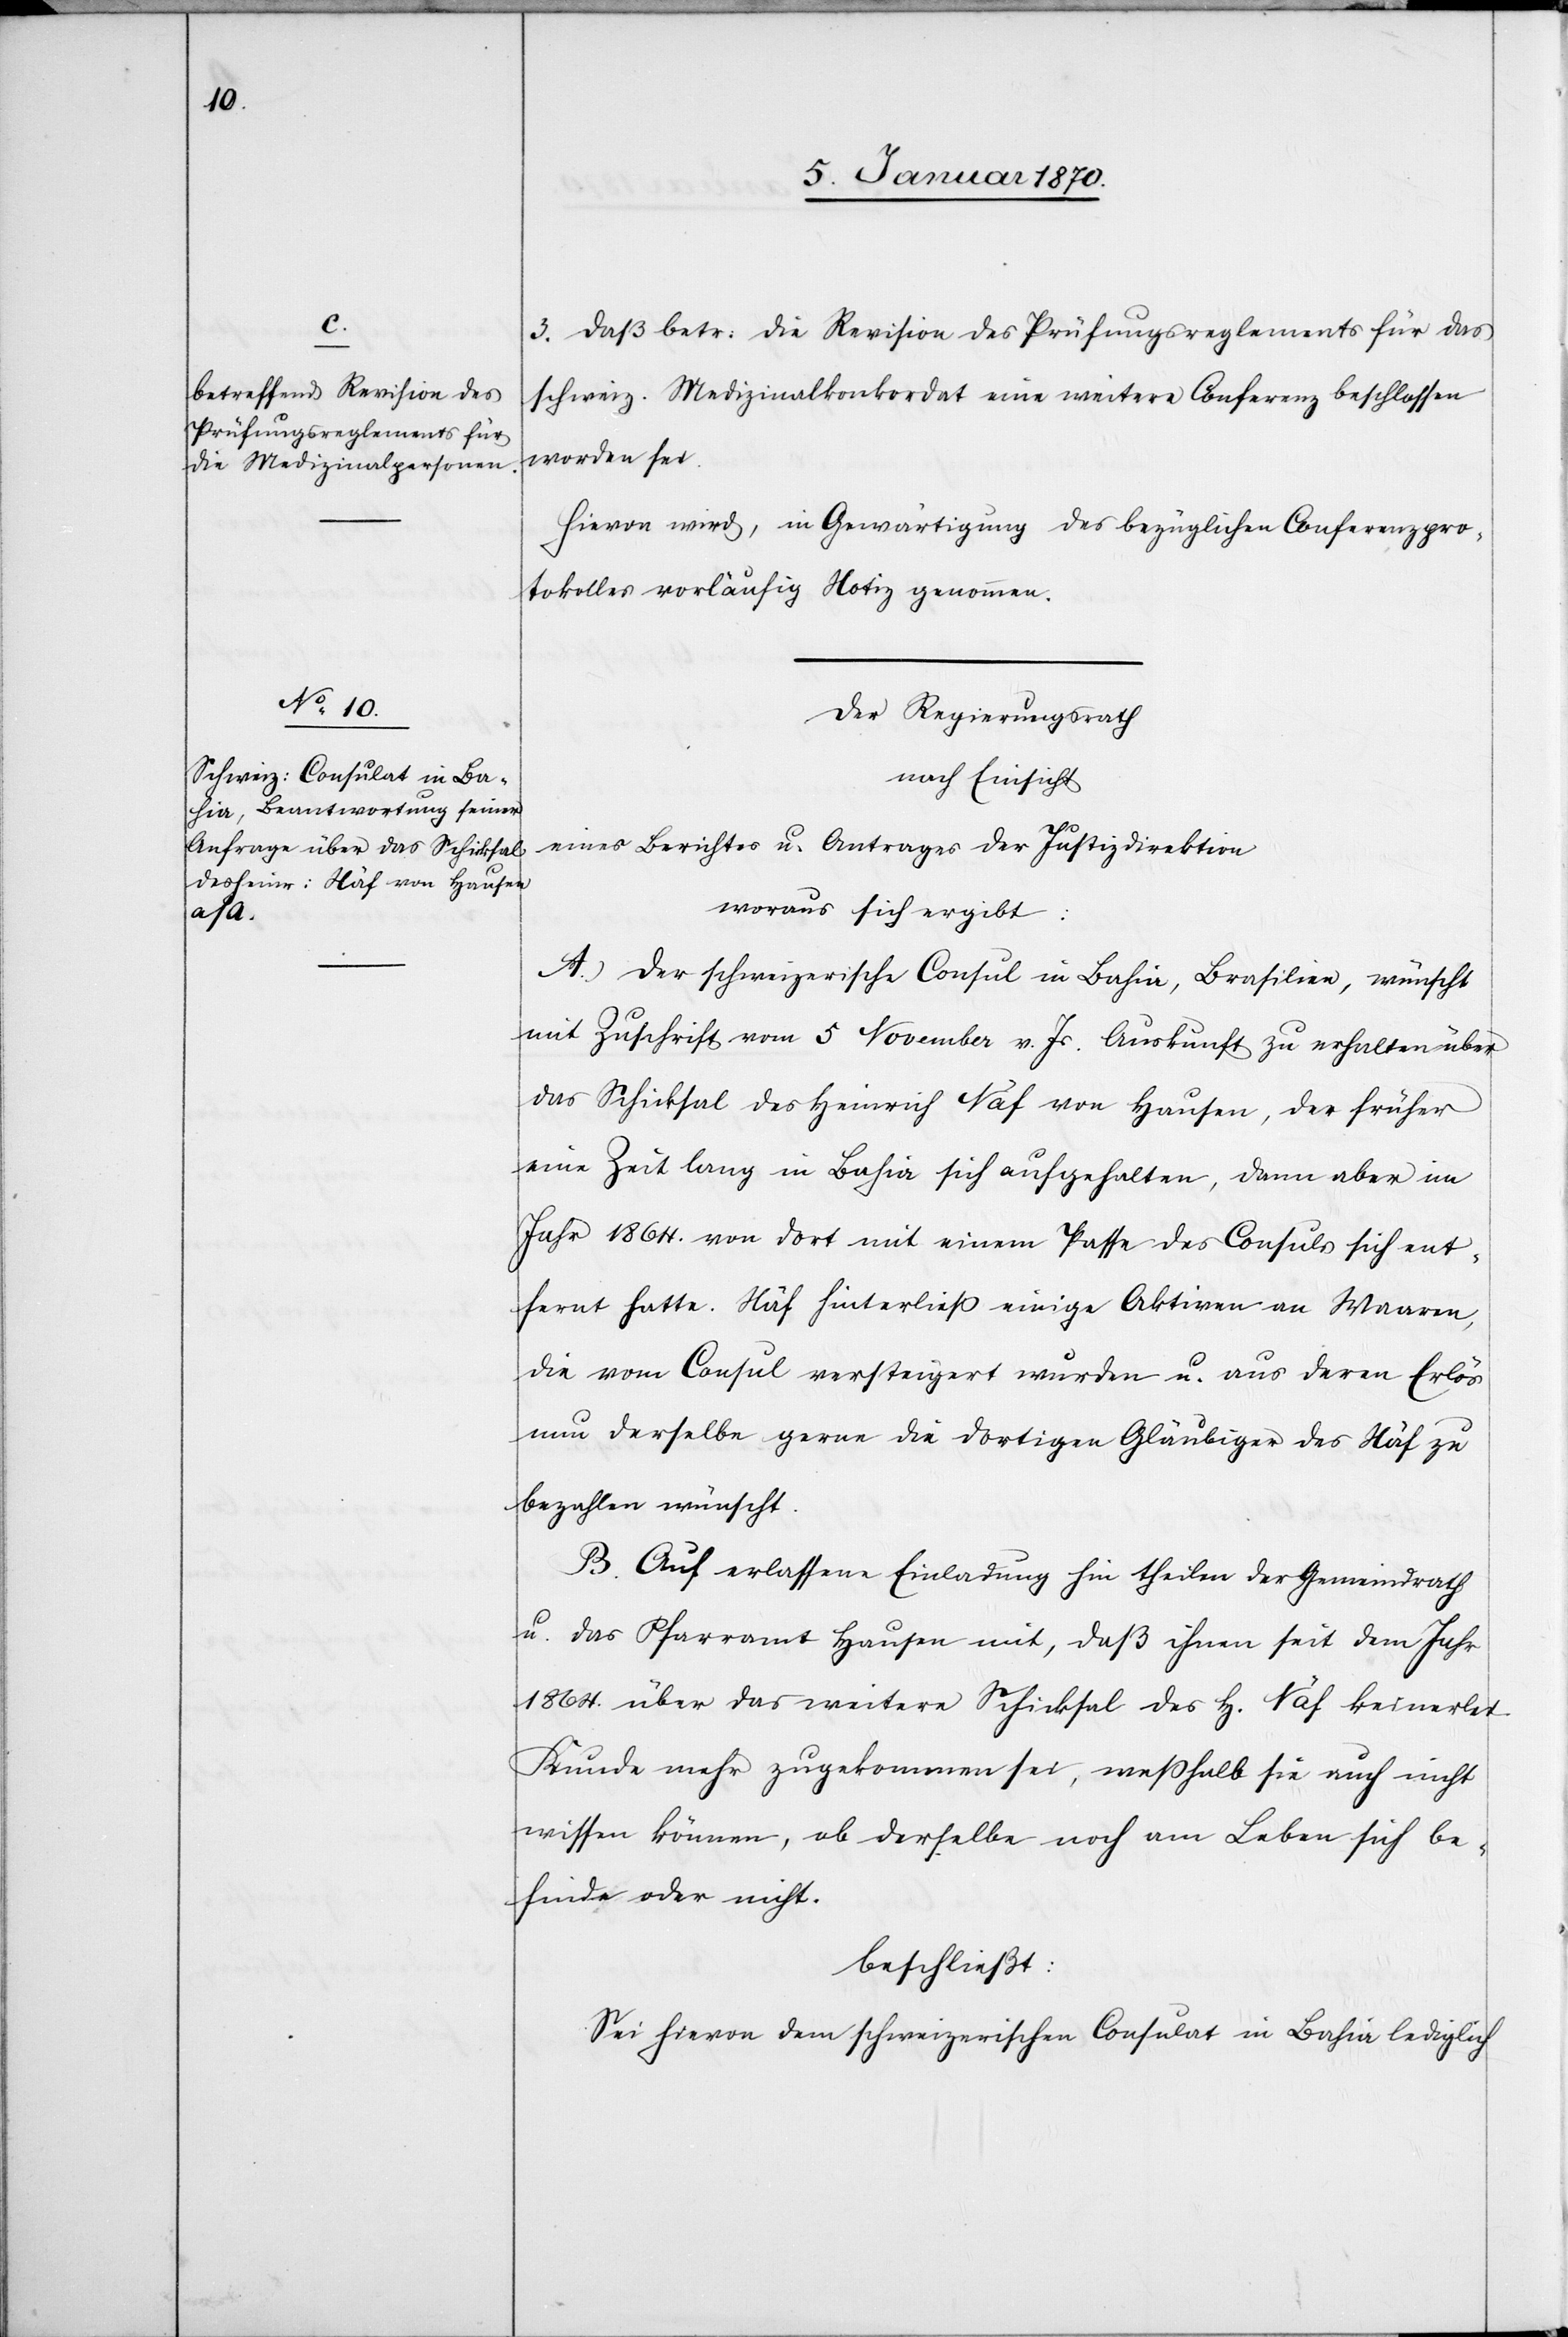
3. daß betr: die Revision des Prüfungsreglements für das
schweiz. Medizinalkonkordat eine weitere Conferenz beschlossen
worden sei.
Hievon wird, in Gewärtigung des bezüglichen Conferenzpro¬
tokolles vorläufig Notiz genommen.
Der Regierungsrath
nach Einsicht
eines Berichtes u. Antrages der Justizdirektion
woraus sich ergibt:
A. Der schweizerische Consul in Bahia, Brasilien, wünscht
mit Zuschrift vom 5 November v. Js. Auskunft zu erhalten über
das Schicksal des Heinrich Näf von Hausen, der früher
eine Zeit lang in Bahia sich aufgehalten, dann aber im
Jahr 1864. von dort mit einem Passe des Consuls sich ent¬
fernt hatte. Näf hinterließ einige Aktiven an Waaren,
die vom Consul versteigert wurden u. aus deren Erlös
nun derselbe gerne die dortigen Gläubiger des Näf zu
bezahlen wünscht.
B. Auf erlassene Einladung hin theilen der Gemeindrath
u. das Pfarramt Hausen mit, daß ihnen seit dem Jahr
1864. über das weitere Schicksal des H[errn] Näf keinerlei
Kunde mehr zugekommen sei, weßhalb sie auch nicht
wissen können, ob derselbe noch am Leben sich be¬
finde oder nicht.
beschließt:
Sei hievon dem schweizerischen Consulat in Bahia lediglich